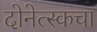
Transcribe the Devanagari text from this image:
दोनेत्स्कचा